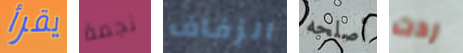
يقرأ نجمة الزفاف أصلحه ردت